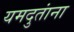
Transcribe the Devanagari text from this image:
यमदुतांना